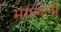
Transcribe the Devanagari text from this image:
भंगलेली